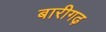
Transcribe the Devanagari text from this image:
बारीगढ़